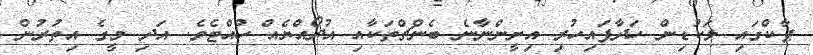
ޕާކްގައި ލަކުޑިން ހަދާފައިހުރި އިށީންނާނެ ބެންޗްތަކާއި އުދޯއްޔެއް ހުއްޓެވެ. އަދި މީގެ އިތުރުން